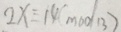
2 x \equiv 1 4 ( m o d 1 3 )